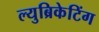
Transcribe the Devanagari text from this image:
ल्युब्रिकेटिंग